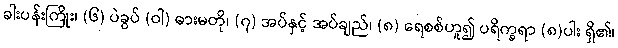
ခါးပန်းကြိုး၊ (၆) ပဲခွပ် (ဝါ) ဓားမတို၊ (၇) အပ်နှင့် အပ်ချည်၊ (၈) ရေစစ်ဟူ၍ ပရိက္ခရာ (၈)ပါး ရှိ၏၊